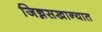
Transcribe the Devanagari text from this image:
जिन्नसखान्यात